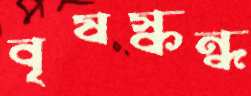
বৃষস্কন্ধ